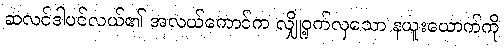
ဆလင်ဒါပင်လယ်၏ အလယ်ကောင်က လျှို့ဝှက်လှသော နယူးယောက်ကို